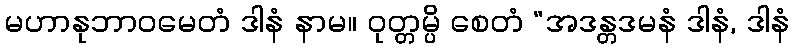
မဟာနုဘာဝမေတံ ဒါနံ နာမ။ ဝုတ္တမ္ပိ စေတံ “အဒန္တဒမနံ ဒါနံ, ဒါနံ